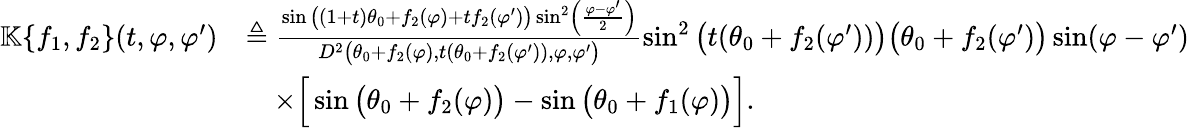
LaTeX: \begin{array}{rl}{\mathbb{K}\{ f_{1},f_{2}\} (t,\varphi,\varphi^{\prime})}&{\triangleq\frac{\sin\big((1+t)\theta_{0}+f_{2}(\varphi)+tf_{2}(\varphi^{\prime})\big)\sin^{2}\left(\frac{\varphi-\varphi^{\prime}}{2}\right)}{D^{2}\big(\theta_{0}+f_{2}(\varphi),t(\theta_{0}+f_{2}(\varphi^{\prime})),\varphi,\varphi^{\prime}\big)}\sin^{2}\big(t(\theta_{0}+f_{2}(\varphi^{\prime}))\big)\big(\theta_{0}+f_{2}(\varphi^{\prime})\big)\sin(\varphi-\varphi^{\prime})}\\ &{\quad\times\Big[\sin\big(\theta_{0}+f_{2}(\varphi)\big)-\sin\big(\theta_{0}+f_{1}(\varphi)\big)\Big].}\end{array}